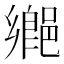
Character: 𨝅